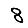
Digit: 8